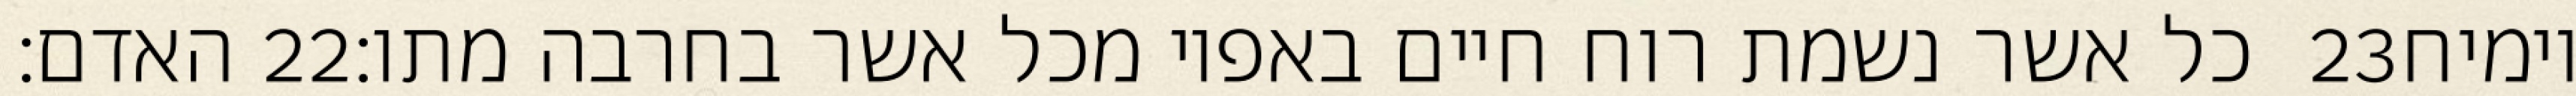
האדם׃ ‎22‏ כל אשר נשמת רוח חיים באפיו מכל אשר בחרבה מתו׃ ‎23‏ וימיח